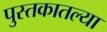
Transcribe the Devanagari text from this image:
पुस्‍तकातल्या